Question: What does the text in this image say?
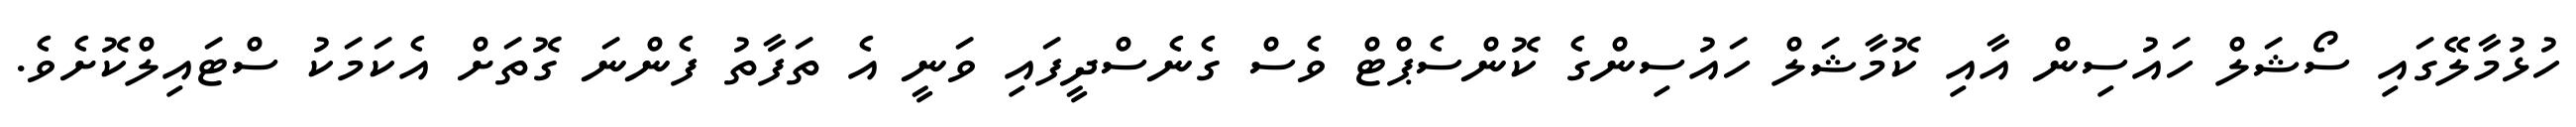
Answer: ހުޅުމާލޭގައި ސޯޝަލް ހައުސިން އާއި ކޮމާޝަލް ހައުސިންގެ ކޮންސެޕްޓް ވެސް ގެނެސްދީފައި ވަނީ އެ ތަފާތު ފެންނަ ގޮތަށް އެކަމަކު ސްޓައިލްކޮށެވެ.